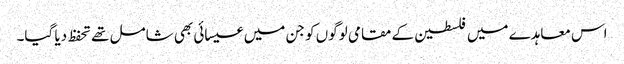
اس معاہدے میں فلسطین کے مقامی لوگوں کو جن میں عیسائی بھی شامل تھے تحفظ دیا گیا۔